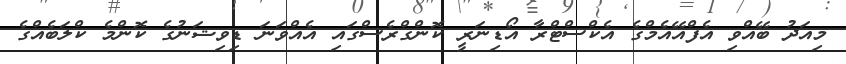
މިއަދު ބޭއްވި އެފްއޭއެމްގެ އެކްސްޓްރާ އޯޑިނަރީ ކޮންގްރެސްގައި އެއްވަނަ ޑިވިޝަނުގެ ކޮންމެ ކްލަބެއްގެ